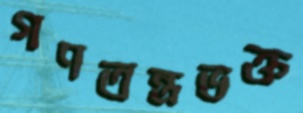
গণতন্ত্রভক্ত